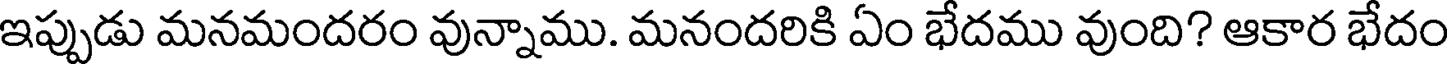
ఇప్పుడు మనమందరం వున్నాము. మనందరికి ఏం భేదము వుంది? ఆకార భేదం